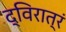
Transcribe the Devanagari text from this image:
द्विरात्रं